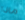
ماذا